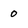
Character: 0